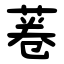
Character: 菤